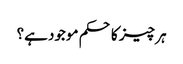
ہر چیز کا حکم موجود ہے؟